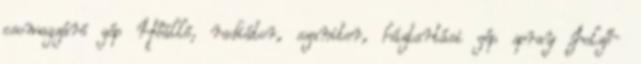
csomagzáró gép Hőálló, radiátor, szaniter, háztartási gép spray Jelző-